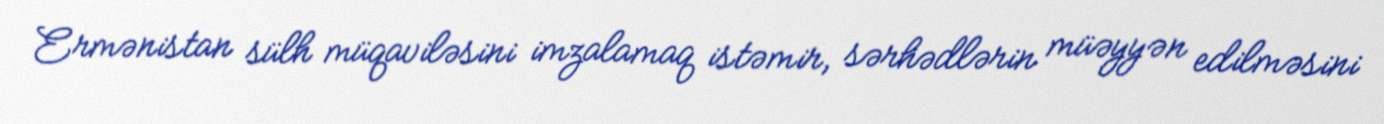
Ermənistan sülh müqaviləsini imzalamaq istəmir, sərhədlərin müəyyən edilməsini